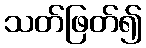
သတ်ဖြတ်၍